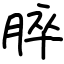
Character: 脺